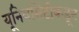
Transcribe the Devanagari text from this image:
यूनिवर्सिटीकडून